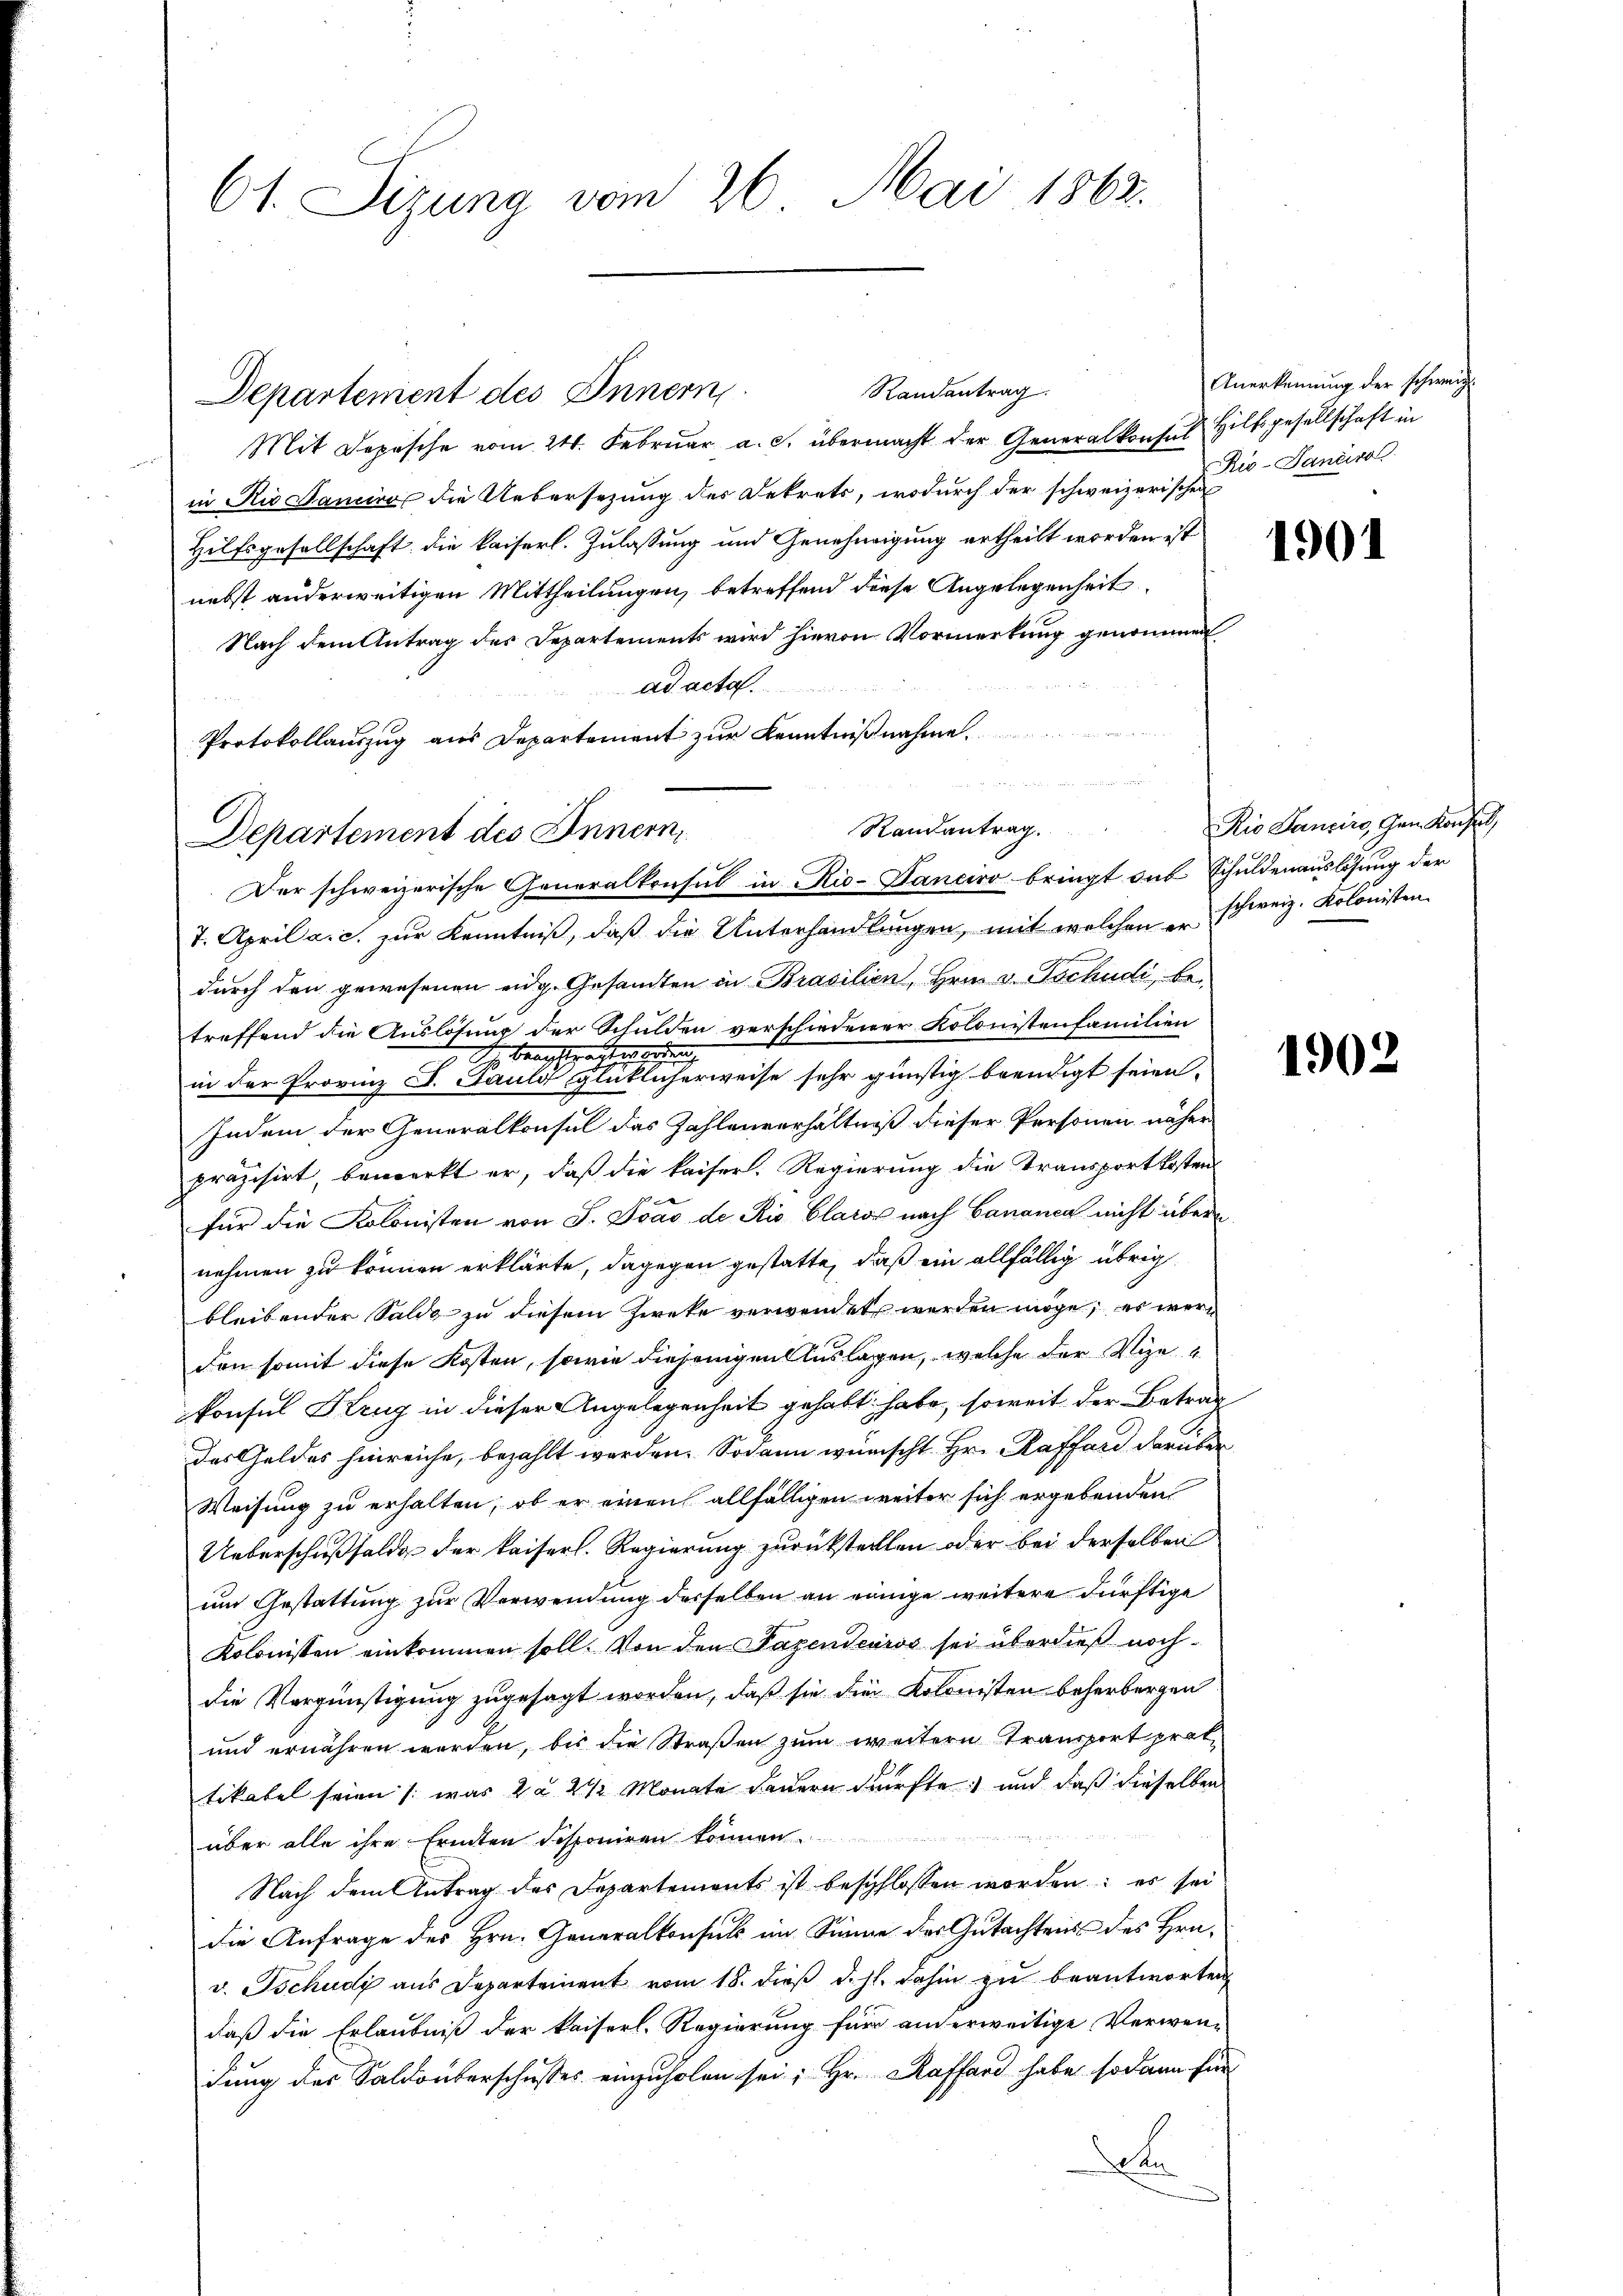
61. Sizung vom 26. Mai 1862.

Randantrag.
Departement des Innern,
Mit Depesche vom 24. Februar a. c. übermacht der Generalkonsul Hilfsgesellschaft in
in Rio Sancire die Uebersezung der Dekrets, wodurch der schweizerischen
Hilfsgesellschaft die kaiserl. Zulassung und Genehmigung ertheilt worden ist
nebst anderweitigen Mittheilungen, betreffend diese Angelegenheit
Nach dem Antrag der Departements wird hievon Vormerkung genommen
ad acta.
Protokollauszug aus Departement zur Kenntnißnahme.
Departement des Innern,
Der schweizerische Generalkonsul in Rio-Vanciro bringt das Schuldenauslösung der
7. April a. c. zur Kenntniß, daß die Unterhandlungen, mit welchen schweiz. Kolonisten
durch den gewesenen eidg. Gesandten in Brasilien, Hrn. v. Tschudi, betreffend die Auslösung der Schulden verschiedener Kolonistenfamilien
I. Berichtsprachtes eing
in der Provinz F. Pauld glücklicherweise sehr günstig beendigt seien.
Indem der Generalkonsul das Zahlenverhältniß dieser Personen näher
präzisirt, bemerkt er, daß die kaiser. Regierung die Transportkosten
für die Kolonisten von S. Ivas de Rio Claros nach Cananen nicht übernehmen zu können erklärte, dagegen gestatte, daß ein allfällig übrig
bleibender Saldo zu diesem Zweke verwendet werden möge, es werden somit diese Kosten, sowie diejenigen Auslagen, welche der Vize
konsul Krug in dieser Angelegenheit gehabt habe, soweit der Betrag
Das Geldes hinreiche, bezahlt werden. Sodann wünscht Hr. Raffend darüber
Weisung zu erhalten, ob er einen allfälligen weiter sich ergebenden
Ueberschußsolde der kaiserl. Regierung zurückstellen oder bei derselben
um Gestattung zur Verwendung derselben an einige weitere dürftige
Kolonisten einkommen soll. Von den Pazendeuros sei überdieß nochdie Vergünstigung zugesagt worden, daß sie die Kolonisten beherbergen
und ernähren worden, bis die Straßen zum weitern Transport prot
tikabel seien /: was 2 § 2 ½ Monate dauern dürfte und daß dieselben
über alle ihre Erinten desponiren können.
Nach dem Antrag des Departements ist beschlossen worden: es sei
die Anfrage des Hrn. Generalkonsuls im Sinne des Gutachtens des Hrn.
v. Tschudi aus Departement vom 18. dieß d.h. dahin zu beantworten
daß die Erlaubniß der kaiserl. Regierung für an erweitige Verwen-
dung des Saldoberschusses einzuholen sei; Hr. Raffard habe sodann für
en

Randantrag.

Anerkennung der schweiz.
Rio-Janeiro

Rio Sancirs, Gem. Konse

1902